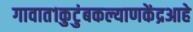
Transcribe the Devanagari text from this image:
गावात१कुटुंबकल्याणकेंद्रआहे